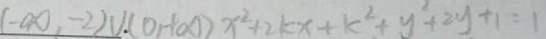
( - \infty , - 2 ) \cup ( 0 , + \infty ) x ^ { 2 } + 2 k x + k ^ { 2 } + y ^ { 2 } + 2 y + 1 = 1